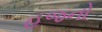
હજનો